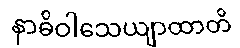
နာဓိဝါသေယျာထာတိ